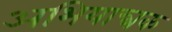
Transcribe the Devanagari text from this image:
अभियान्त्रक